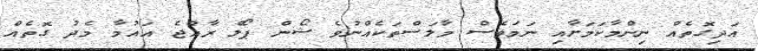
އަދިގޮތެއް ނިންމާކަމަށާއި ނަމަވެސް މާލަސްތަކެއްނުވެ ޝޯން ޕޯލް ރާއްޖެ އައުމާ މެދު ގޮތެއް